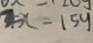
3 = x - 1 5 y